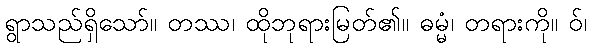
ရွာသည်ရှိသော်။ တဿ၊ ထိုဘုရားမြတ်၏။ ဓမ္မံ၊ တရားကို။ ဝ်၊